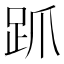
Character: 𬦦